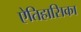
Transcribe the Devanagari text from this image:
ऐतिहासिका